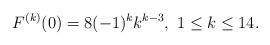
LaTeX: \begin{align*} F^{(k)}(0)=8(-1)^k k^{k-3},\ 1\leq k\leq 14.\end{align*}